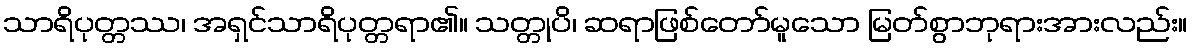
သာရိပုတ္တဿ၊ အရှင်သာရိပုတ္တရာ၏။ သတ္တုပိ၊ ဆရာဖြစ်တော်မူသော မြတ်စွာဘုရားအားလည်း။